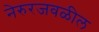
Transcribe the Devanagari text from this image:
नेरुरजवळील